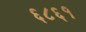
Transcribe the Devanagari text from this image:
६८६१